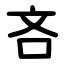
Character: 吝